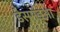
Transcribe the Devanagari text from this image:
डेसमंड्आ